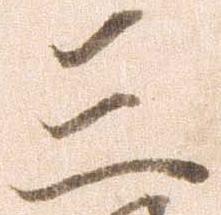
三